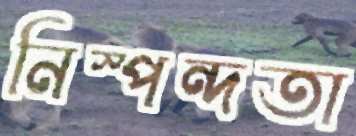
নিস্পন্দতা